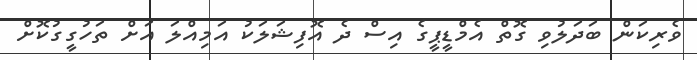
ވެރިކަން ބަދަލުވި ގޮތް އެމްޑީޕީގެ އިސް ދެ އޮފިޝަލަކު އަމިއްްލަ އަށް ތަހުގީގުކޮށް